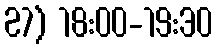
27) 18:00-19:30